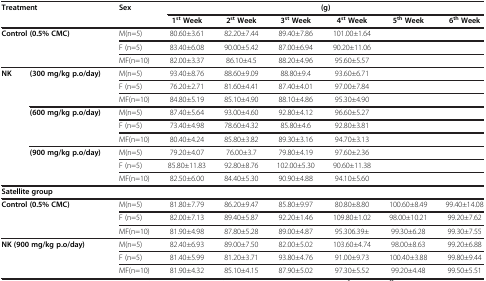
<table><thead><tr><td rowspan="2" colspan="2"><b>Treatment</b></td><td rowspan="2"><b>Sex</b></td><td><b> </b></td><td><b> </b></td><td colspan="2"><b>(g)</b></td><td><b> </b></td><td><b> </b></td></tr><tr><td><b>1<sup>st</sup>Week</b></td><td><b>2<sup>nd</sup>Week</b></td><td><b>3<sup>st</sup>Week</b></td><td><b>4<sup>st</sup>Week</b></td><td><b>5<sup>th</sup>Week</b></td><td><b>6<sup>th</sup>Week</b></td></tr></thead><tbody><tr><td rowspan="3" colspan="2"><b>Control (0.5% CMC)</b></td><td>M(n=5)</td><td>80.60±3.61</td><td>82.20±7.44</td><td>89.40±7.86</td><td>101.00±1.64</td><td> </td><td> </td></tr><tr><td>F (n=5)</td><td>83.40±6.08</td><td>90.00±5.42</td><td>87.00±6.94</td><td>90.20±11.06</td><td> </td><td> </td></tr><tr><td>MF(n=10)</td><td>82.00±3.37</td><td>86.10±4.5</td><td>88.20±4.96</td><td>95.60±5.57</td><td> </td><td> </td></tr><tr><td rowspan="9"><b>NK</b></td><td rowspan="3"><b>(300 mg/kg p.o/day)</b></td><td>M(n=5)</td><td>93.40±8.76</td><td>88.60±9.09</td><td>88.80±9.4</td><td>93.60±6.71</td><td> </td><td> </td></tr><tr><td>F (n=5)</td><td>76.20±2.71</td><td>81.60±4.41</td><td>87.40±4.01</td><td>97.00±7.84</td><td> </td><td> </td></tr><tr><td>MF(n=10)</td><td>84.80±5.19</td><td>85.10±4.90</td><td>88.10±4.86</td><td>95.30±4.90</td><td> </td><td> </td></tr><tr><td rowspan="3"><b>(600 mg/kg p.o/day)</b></td><td>M(n=5)</td><td>87.40±5.64</td><td>93.00±4.60</td><td>92.80±4.12</td><td>96.60±5.27</td><td> </td><td> </td></tr><tr><td>F (n=5)</td><td>73.40±4.98</td><td>78.60±4.32</td><td>85.80±4.6</td><td>92.80±3.81</td><td> </td><td> </td></tr><tr><td>MF(n=10)</td><td>80.40±4.24</td><td>85.80±3.82</td><td>89.30±3.16</td><td>94.70±3.13</td><td> </td><td> </td></tr><tr><td rowspan="3"><b>(900 mg/kg p.o/day)</b></td><td>M(n=5)</td><td>79.20±4.07</td><td>76.00±3.7</td><td>79.80±4.19</td><td>97.60±2.36</td><td> </td><td> </td></tr><tr><td>F (n=5)</td><td>85.80±11.83</td><td>92.80±8.76</td><td>102.00±5.30</td><td>90.60±11.38</td><td> </td><td> </td></tr><tr><td>MF(n=10)</td><td>82.50±6.00</td><td>84.40±5.30</td><td>90.90±4.88</td><td>94.10±5.60</td><td> </td><td> </td></tr><tr><td colspan="9"><b>Satellite group</b></td></tr><tr><td rowspan="3" colspan="2"><b>Control (0.5% CMC)</b></td><td>M(n=5)</td><td>81.80±7.79</td><td>86.20±9.47</td><td>85.80±9.97</td><td>80.80±8.80</td><td>100.60±8.49</td><td>99.40±14.08</td></tr><tr><td>F (n=5)</td><td>82.00±7.13</td><td>89.40±5.87</td><td>92.20±1.46</td><td>109.80±1.02</td><td>98.00±10.21</td><td>99.20±7.62</td></tr><tr><td>MF(n=10)</td><td>81.90±4.98</td><td>87.80±5.28</td><td>89.00±4.87</td><td>95.306.39±</td><td>99.30±6.28</td><td>99.30±7.55</td></tr><tr><td rowspan="3" colspan="2"><b>NK (900 mg/kg p.o/day)</b></td><td>M(n=5)</td><td>82.40±6.93</td><td>89.00±7.50</td><td>82.00±5.02</td><td>103.60±4.74</td><td>98.00±8.63</td><td>99.20±6.88</td></tr><tr><td>F (n=5)</td><td>81.40±5.99</td><td>81.20±3.71</td><td>93.80±4.76</td><td>91.00±9.73</td><td>100.40±3.88</td><td>99.80±9.44</td></tr><tr><td>MF(n=10)</td><td>81.90±4.32</td><td>85.10±4.15</td><td>87.90±5.02</td><td>97.30±5.52</td><td>99.20±4.48</td><td>99.50±5.51</td></tr></tbody></table>